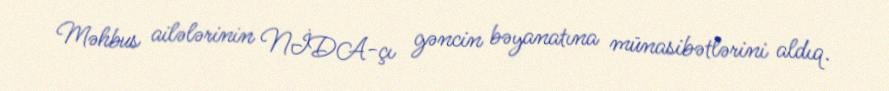
Məhbus ailələrinin NİDA-çı gəncin bəyanatına münasibətlərini aldıq.